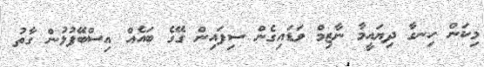
މިކަން ހިނގާ ދިޔައީމާ ނާޒިމް ވަޑައިގެން ސިފައިން ގޭގެ ބައެއް އިސްބޭފުޅުން ގާތު